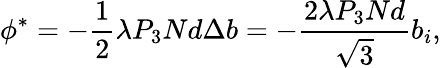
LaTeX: \phi^{*}=-{\frac{1}{2}}\lambda P_{3}Nd{\Delta b}=-\frac{2\lambda P_{3}Nd}{\sqrt{3}}b_{i},